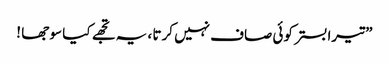
” تیرا بستر کوئی صاف نہیں کرتا ، یہ تجھے کیا سو جھا !